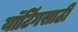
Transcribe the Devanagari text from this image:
यॉटिंगसाठी